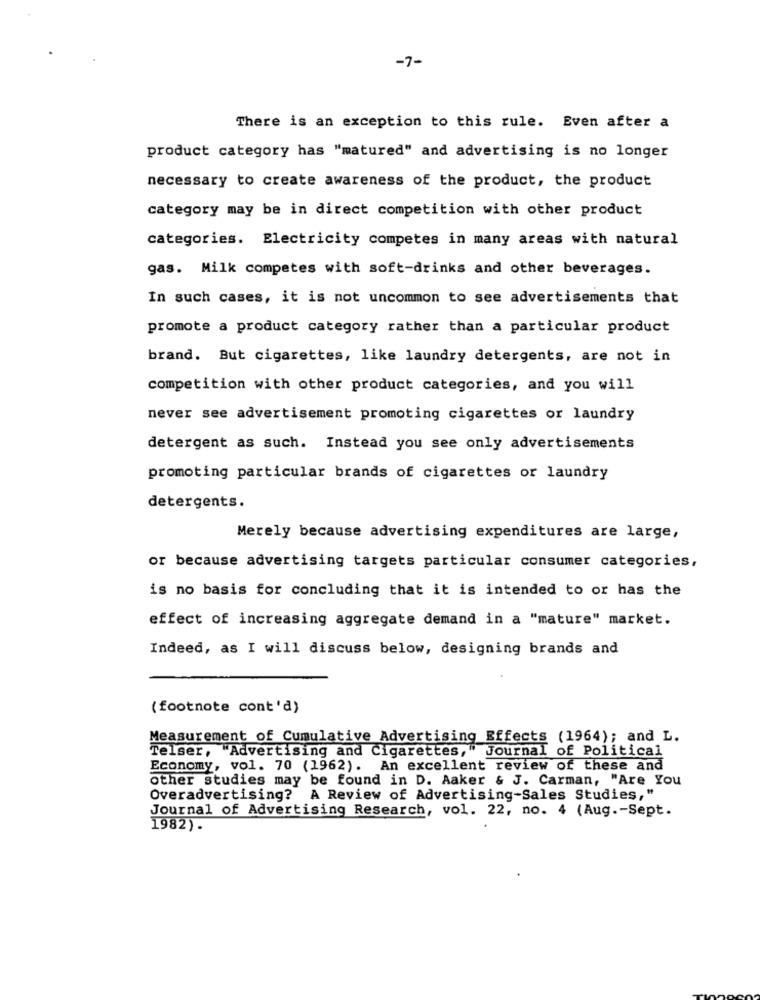
-7-
There is an exception to this rule. Even after a
product category has "matured" and advertising is no longer
necessary to create awareness of the product, the product
category may be in direct competition with other product
categories. Electricity competes in many areas with natural
gas. Milk competes with soft-drinks and other beverages.
In such cases, it is not uncommon to see advertisements that
promote a product category rather than a particular product
brand. But cigarettes, like laundry detergents, are not in
competition with other product categories, and you will
never see advertisement promoting cigarettes or laundry
detergent as such. Instead you see only advertisements
promoting particular brands of cigarettes or laundry
detergents.
Merely because advertising expenditures are large,
or because advertising targets particular consumer categories,
is no basis for concluding that it is intended to or has the
effect of increasing aggregate demand in a "mature" market.
Indeed, as I will discuss below, designing brands and
(footnote cont'd)
Measurement of Cumulative Advertising Effects (1964); and L.
Telser, "Advertising and Cigarettes," Journal of Political
Economy, vol. 70 (1962). An excellent review of these and
other studies may be found in D. Aaker & J. Carman, "Are You
Overadvertising? A Review of Advertising-Sales Studies,"
Journal of Advertising Research, vol. 22, no. 4 (Aug .- Sept.
1982).